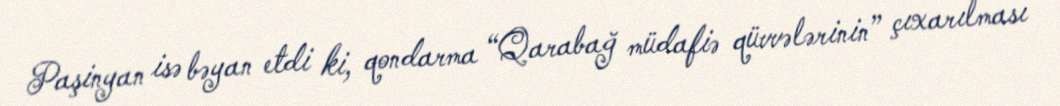
Paşinyan isə bəyan etdi ki, qondarma “Qarabağ müdafiə qüvvələrinin” çıxarılması